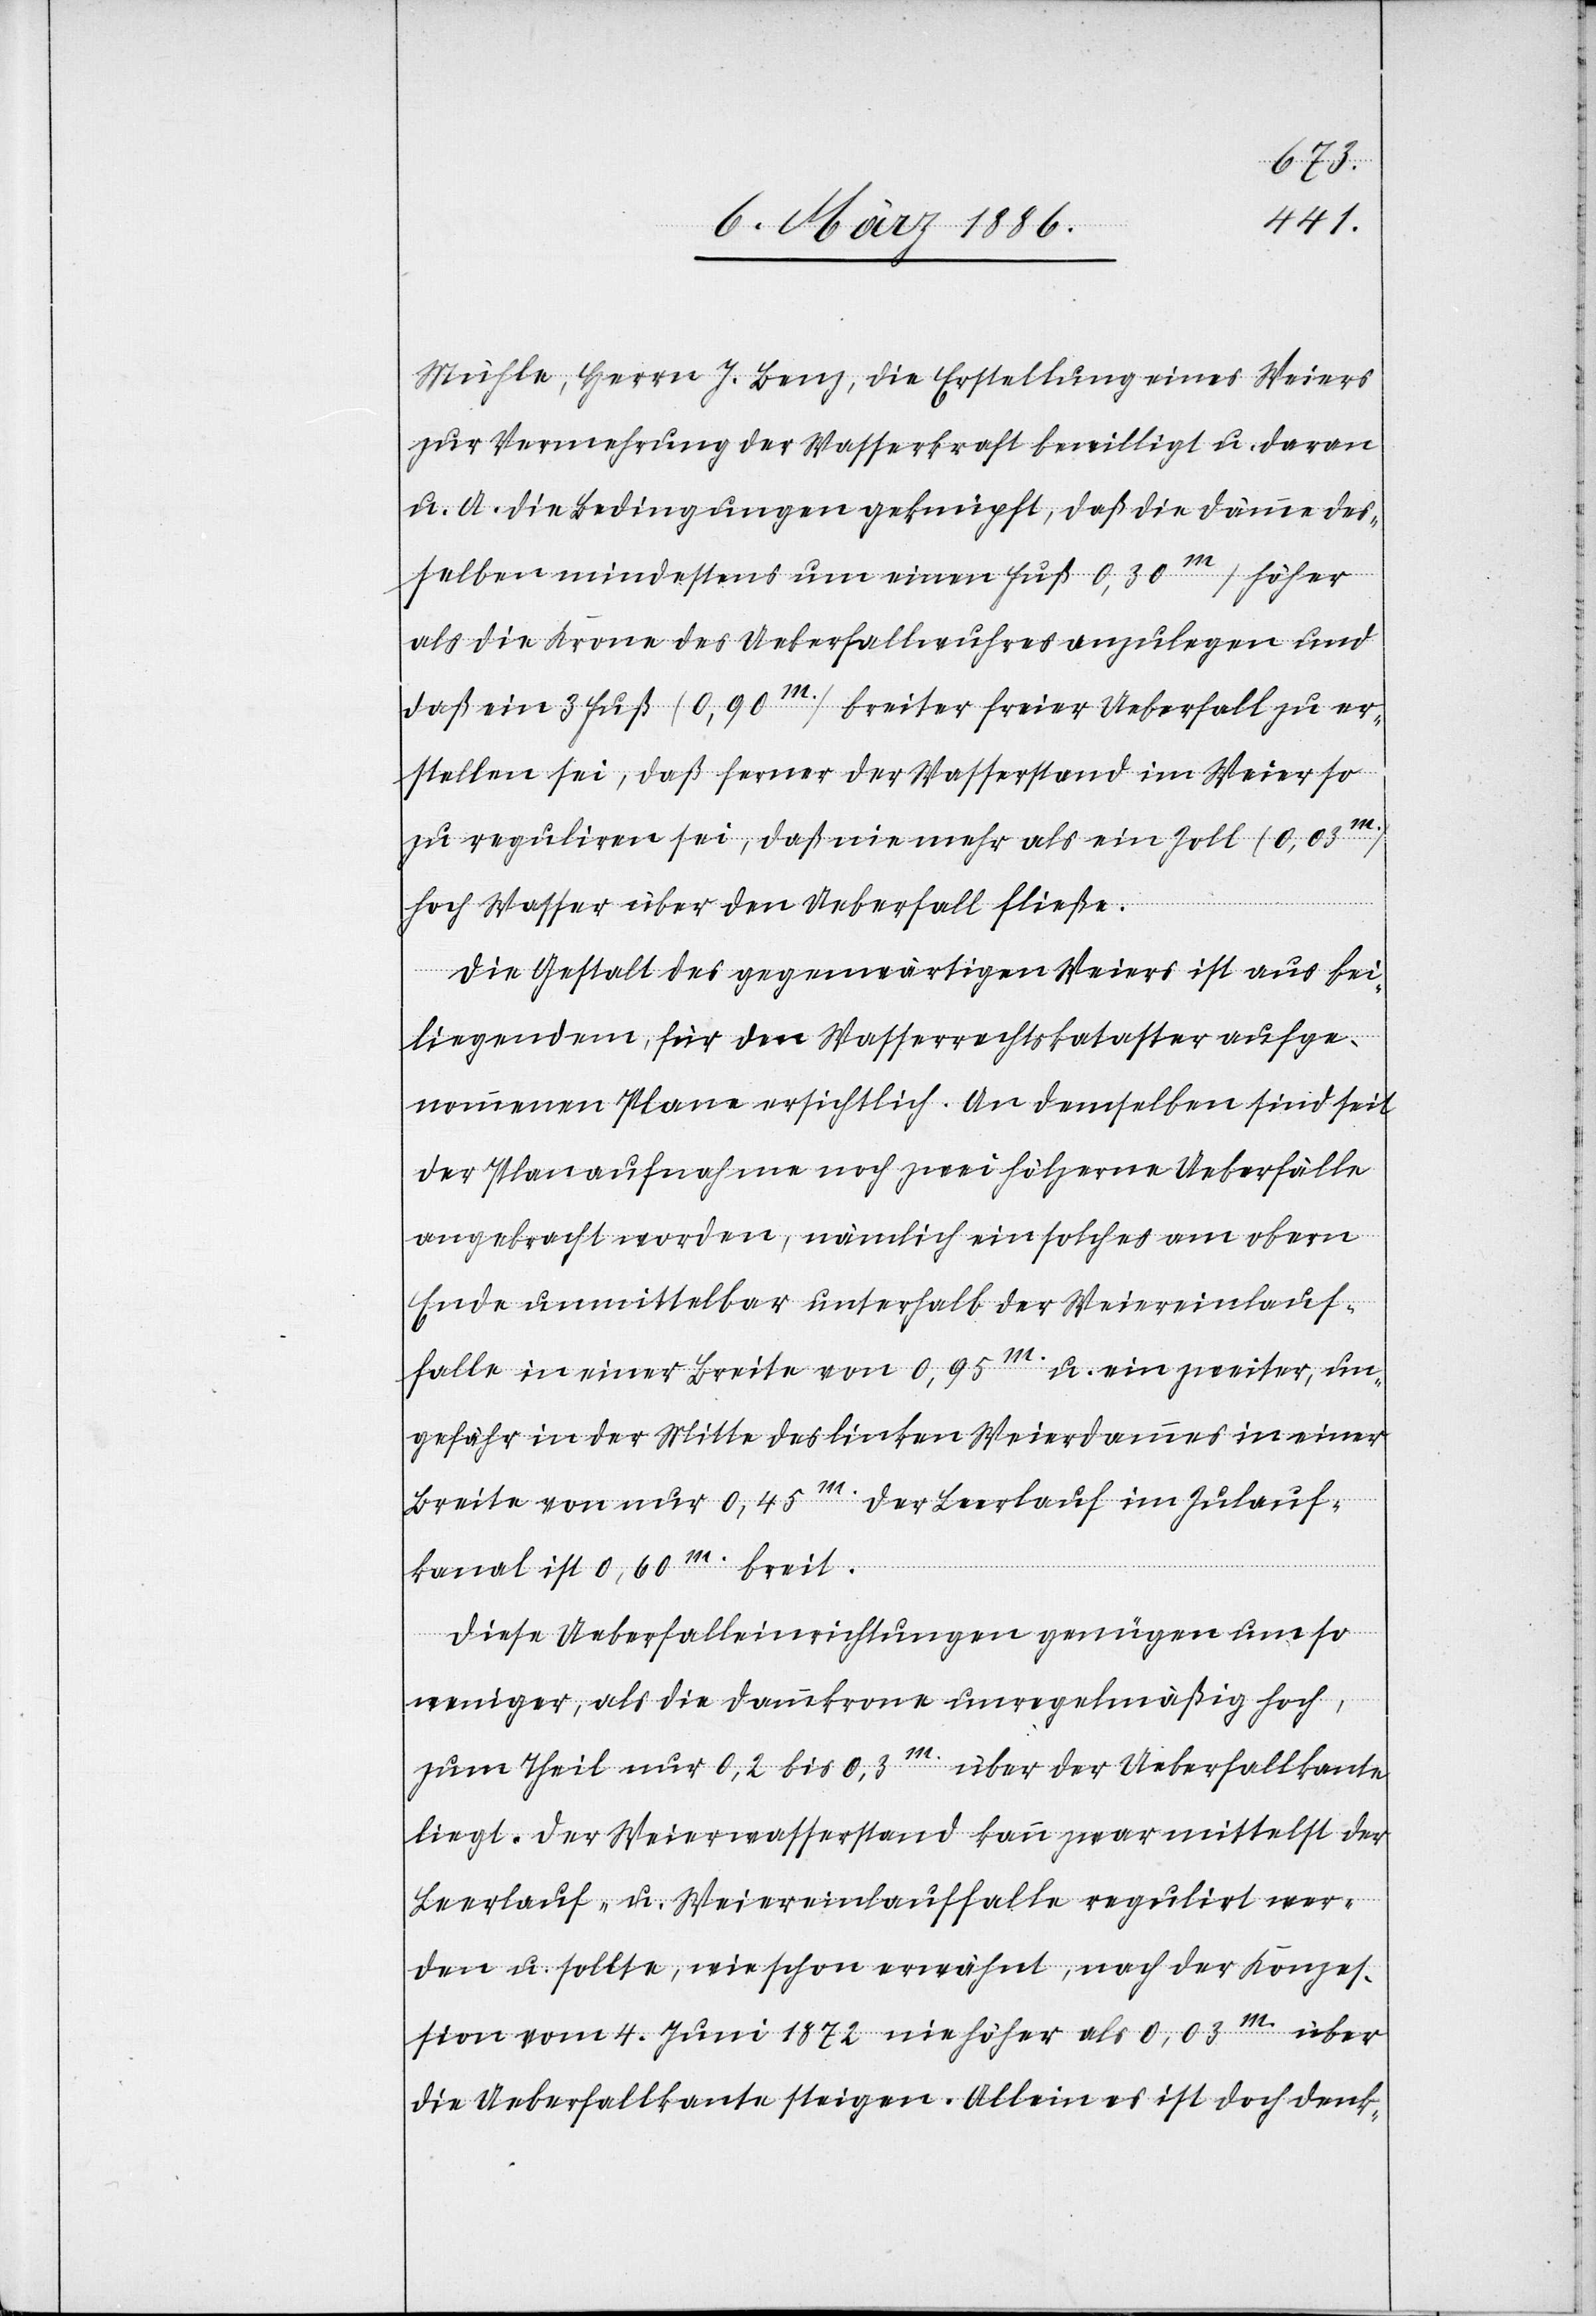
Mühle, Herrn J. Benz, die Erstellung eines Weiers
zur Vermehrung der Wasserkraft bewilligt u. daran
u. A. die Bedingungen geknüpft, daß die Dämme des¬
selben mindestens um einen Fuß (0,30m.) höher
als die Krone des Ueberfallwuhres anzulegen und
daß ein 3 Fuß (0,90m.) breiter freier Ueberfall zu er¬
stellen sei, daß ferner der Wasserstand im Weier so
zu reguliren sei, daß nie mehr als ein Zoll (0,03m.)
hoch Wasser über den Ueberfall fließe.
Die Gestalt des gegenwärtigen Weiers ist aus bei¬
liegendem, für den Wasserrechtskataster aufge¬
nommenem Plane ersichtlich. An demselben sind seit
der Planaufnahme noch zwei hölzerne Ueberfälle
angebracht worden, nämlich ein solcher am obern
Ende unmittelbar unterhalb der Weiereinlauf¬
falle in einer Breite von 0.95m. u. ein zweiter, un¬
gefähr in der Mitte des linken Weierdammes in einer
Breite von nur 0,45m. Der Leerlauf im Zulauf¬
kanal ist 0,60m. breit.
Diese Ueberfalleinrichtungen genügen um so
weniger, als die Dammkrone unregelmäßig hoch,
zum Theil nur 0,2 bis 0,3m. über der Ueberfallkante
liegt. Der Weierwasserstand kann zwar mittelst der
Leerlauf- u. Weiereinlauffalle regulirt wer¬
den u. sollte, wie schon erwähnt, nach der Konzes¬
sion vom 4. Juni 1872 nie höher als 0,03m. über
die Ueberfallkante steigen. Allein es ist doch denk-